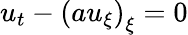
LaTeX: \begin{array}{r}{u_{t}-\left(au_{\xi}\right)_{\xi}=0}\end{array}